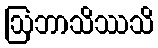
ဩဘာသိဿသိ